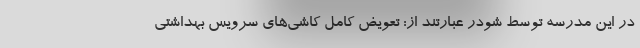
در این مدرسه توسط شودر عبارتند از: تعویض کامل کاشی‌های سرویس بهداشتی